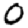
Digit: 0